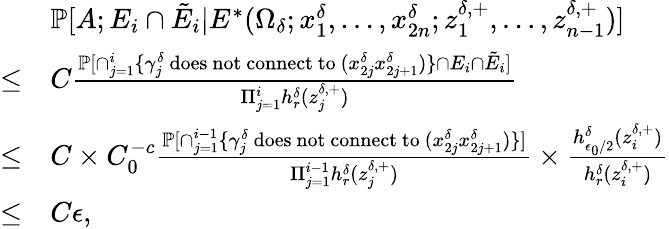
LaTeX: \begin{array}{rl}&{\mathbb{P}[A;E_{i}\cap\tilde{E}_{i}|E^{*}(\Omega_{\delta};x_{1}^{\delta},\ldots,x_{2n}^{\delta};z_{1}^{\delta,+},\ldots,z_{n-1}^{\delta,+})]}\\ {\le}&{C\frac{\mathbb{P}[\cap_{j=1}^{i}\{ \gamma_{j}^{\delta}\mathrm{~does~not~connect~to~}(x_{2j}^{\delta}x_{2j+1}^{\delta})\} \cap E_{i}\cap\tilde{E}_{i}]}{\Pi_{j=1}^{i}h_{r}^{\delta}(z_{j}^{\delta,+})}}\\ {\le}&{C\times C_{0}^{-c}\frac{\mathbb{P}[\cap_{j=1}^{i-1}\{ \gamma_{j}^{\delta}\mathrm{~does~not~connect~to~}(x_{2j}^{\delta}x_{2j+1}^{\delta})\} ]}{\Pi_{j=1}^{i-1}h_{r}^{\delta}(z_{j}^{\delta,+})}\times\frac{h_{\epsilon_{0}/2}^{\delta}(z_{i}^{\delta,+})}{h_{r}^{\delta}(z_{i}^{\delta,+})}}\\ {\le}&{C\epsilon,}\end{array}